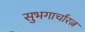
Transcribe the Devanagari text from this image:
सुभगार्चारत्न